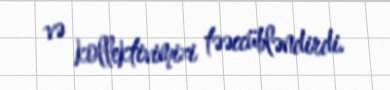
və kollektivimizi təəccübləndirdi.